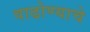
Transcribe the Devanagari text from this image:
वाढोण्याचे